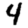
Digit: 4